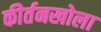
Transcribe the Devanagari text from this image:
कीर्तनखोला